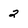
Character: 2